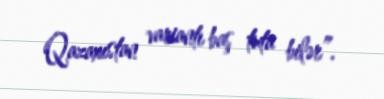
Qazaxıstan variantı baş tuta bilər”.